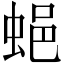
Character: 𧋾